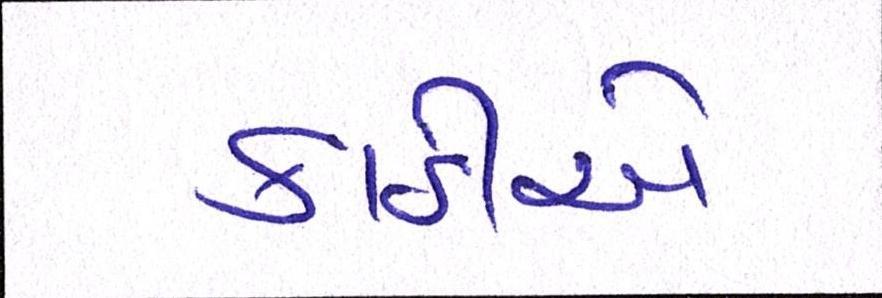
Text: કાઠીએ